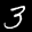
Label: 3